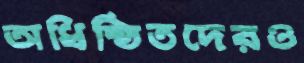
অধিষ্ঠিতদেরও